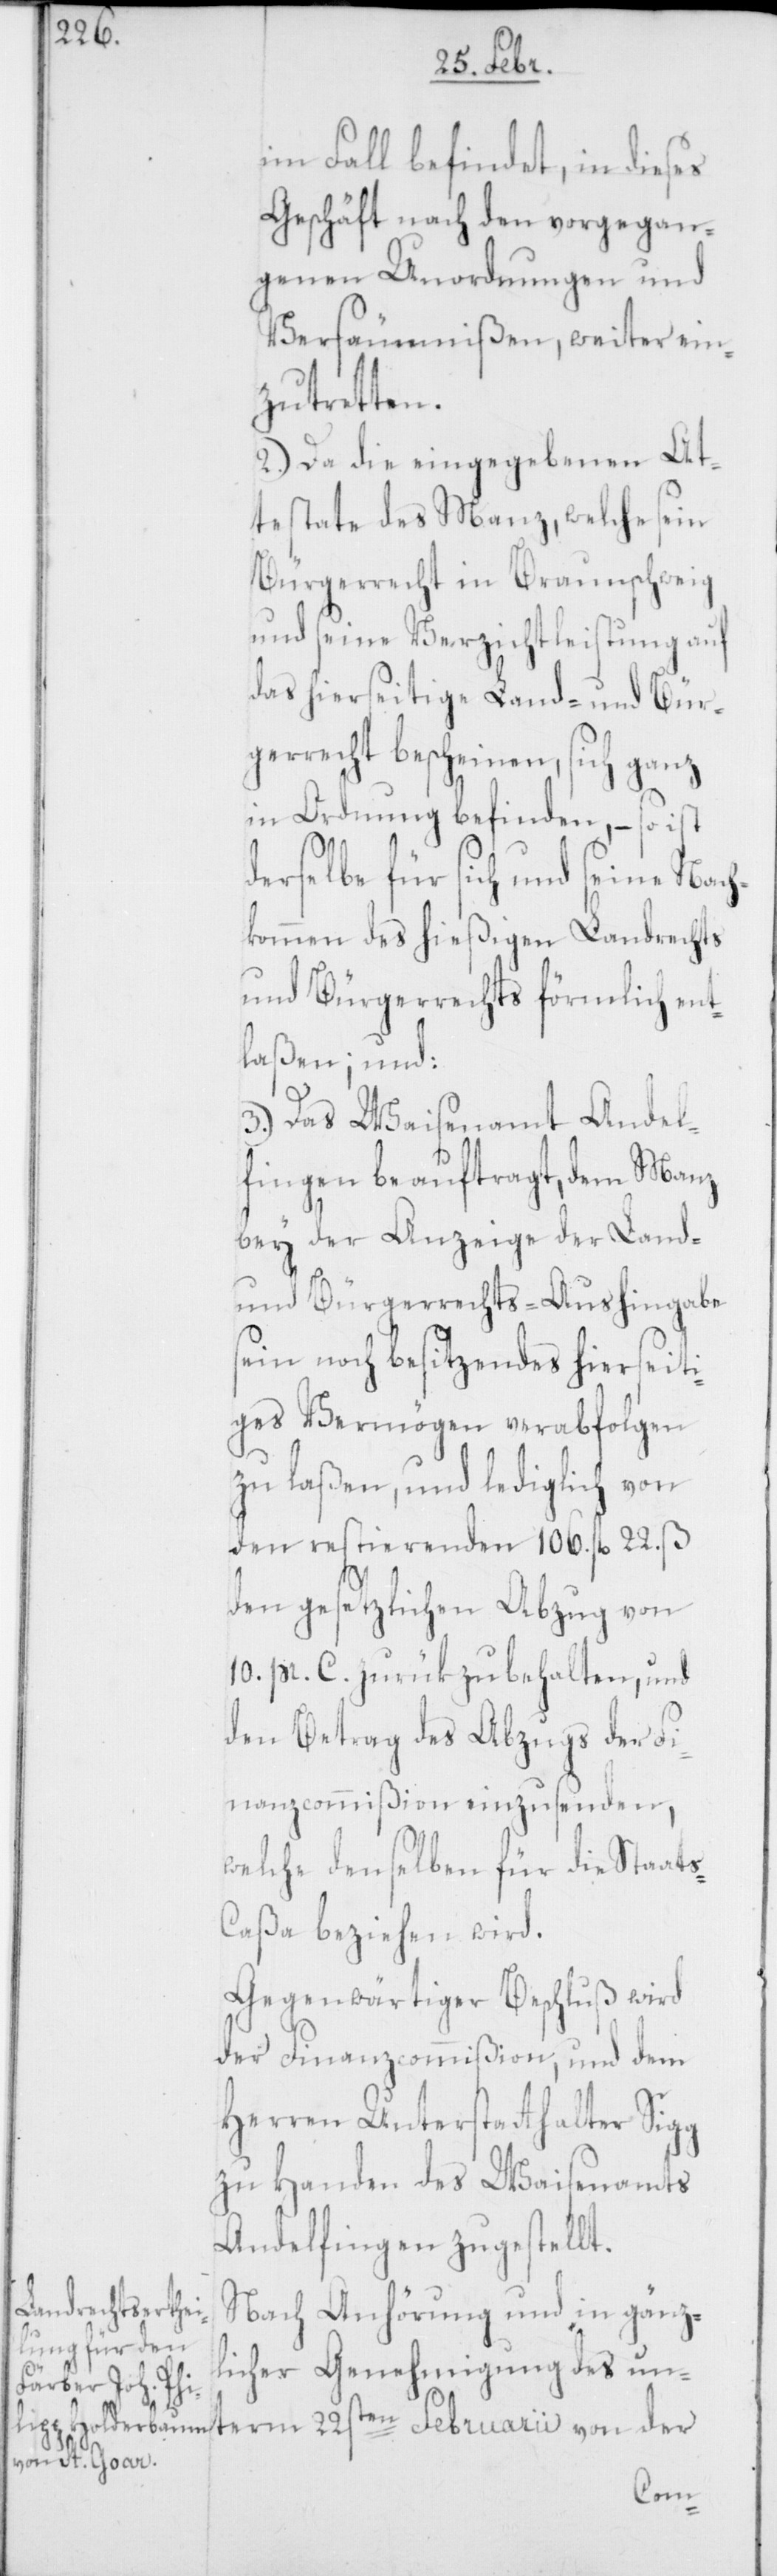
im Fall befindet, in dieses
Geschäft nach den vorgegan¬
genen Unordnungen und
Versäumnißen, weiter ein¬
zutretten.
2.) Da die eingegebenen At¬
testate des Manz, welche sein
Bürgerrecht in Braunschweig
und seine Verzichtleistung auf
das hierseitige Land- und Bür¬
gerrecht bescheinen, sich ganz
in Ordnung befinden, – so ist
derselbe für sich und seine Nach¬
kommen des hießigen Landrechts
und Bürgerrechts förmlich ent¬
laßen; und
3.) Das Waisenamt Andel¬
fingen beauftragt, dem Manz
bey der Anzeige der Land-
und Bürgerrechts-Aushingabe
sein noch besitzendes hierseiti¬
ges Vermögen verabfolgen
zu laßen, und lediglich von
den restierenden 106. fl. 22. s
den gesetzlichen Abzug von
10 pr. C. zurükzubehalten, und
den Betrag des Abzugs der Fi¬
nanzcommißion einzusenden,
welche denselben für die Staat¬
s-Caßa beziehen wird.
Gegenwärtiger Beschluß wird
der Finanzcommißion, und dem
Herren Unterstatthalter Sigg
zu Handen des Waisenamts
Andelfingen zugestellt.
Nach Anhörung und in gänz¬
licher Genehmigung des un¬
term